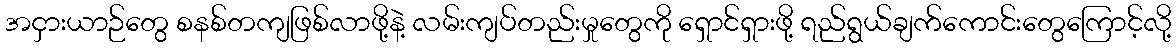
အငှားယာဉ်တွေ စနစ်တကျဖြစ်လာဖို့နဲ့ လမ်းကျပ်တည်းမှုတွေကို ရှောင်ရှားဖို့ ရည်ရွယ်ချက်ကောင်းတွေကြောင့်လို့